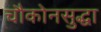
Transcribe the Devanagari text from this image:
चौकोनसुद्धा